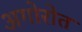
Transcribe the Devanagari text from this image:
अगोरोत